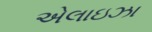
એલાઇઝા